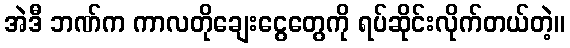
အဲဒီ ဘဏ်က ကာလတိုချေးငွေတွေကို ရပ်ဆိုင်းလိုက်တယ်တဲ့။